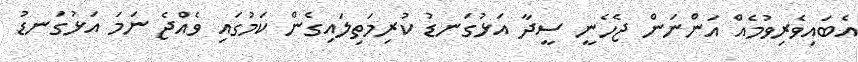
އެބައިވެރިވުމެއް އަންނަން ޖެހެނީ ސީދާ އަޅުގަނޑު ކުރިމަތިލައިގެން ކަމުގައި ވެއްޖެ ނަމަ އަޅުގަނޑު